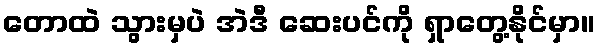
တောထဲ သွားမှပဲ အဲဒီ ဆေးပင်ကို ရှာတွေ့နိုင်မှာ။